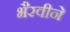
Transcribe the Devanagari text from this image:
भैरवीने